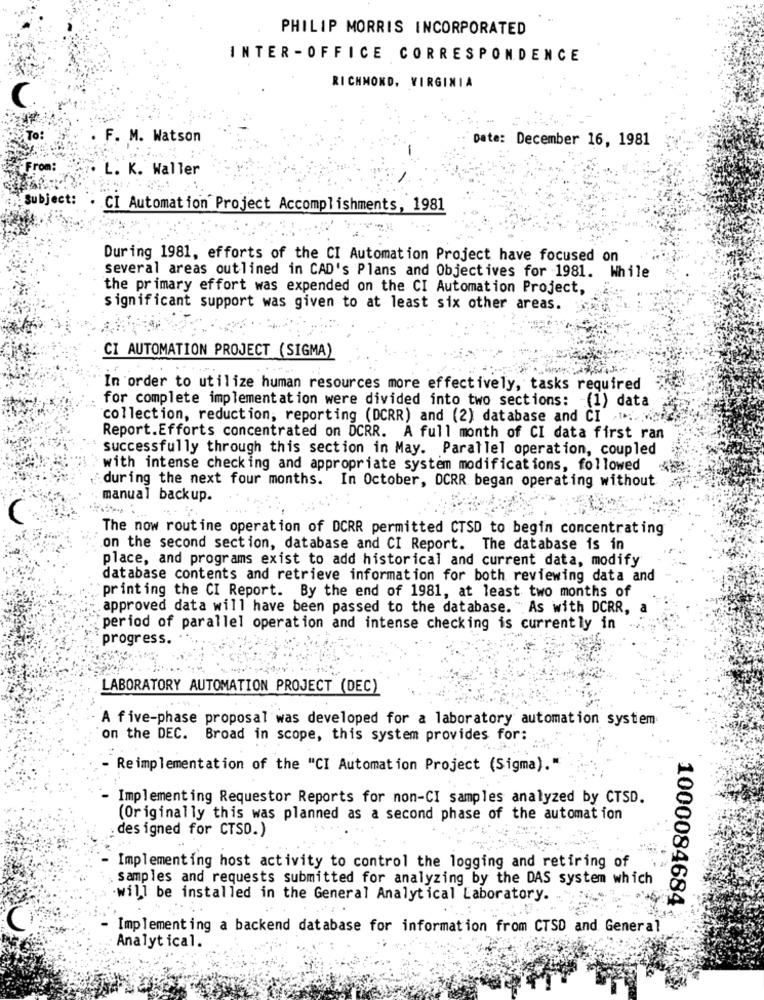
PHILIP MORRIS INCORPORATED
INTER -OFFICE CORRESPONDENCE
RICHMOND, VIRGINIA
C.
To:
F. M. Watson
Date: December 16, 1981
L. K. Waller
Subject:
CI Automation Project Accomplishments, 1981
During 1981, efforts of the CI Automation Project have focused on
several areas outlined in CAD's Plans and Objectives for 1981. While
the primary effort was expended on the CI Automation Project,
significant support was given to at least six other areas.
CI AUTOMATION PROJECT (SIGMA)
In order to utilize human resources more effectively, tasks required
for complete implementation were divided into two sections: - (1) data
collection, reduction, reporting (DCRR) and (2) database and CI
Report.Efforts concentrated on DCRR. A full month of CI data first ran
successfully through this section in May. Parallel operation, coupled
with intense checking and appropriate system modifications, followed
during the next four months. In October, DCRR began operating without
manual backup.
The now routine operation of DCRR permitted CTSD to begin concentrating
on the second section, database and CI Report. The database is in
place, and programs exist to add historical and current data, modify
database contents and retrieve information for both reviewing data and
printing the CI Report. By the end of 1981, at least two months of
approved data will have been passed to the database. " As with DCRR,
period of parallel operation and intense checking is currently in
progress.
LABORATORY AUTOMATION PROJECT (DEC)
A five-phase proposal was developed for a laboratory automation system
on the DEC. Broad in scope, this system provides for:
Reimplementation of the "CI Automation Project (Sigma)."
- Implementing Requestor Reports for non-CI samples analyzed by CTSD.
(Originally this was planned as a second phase of the automation
designed for CTSO.)
Implementing host activity to control the logging and retiring of
samples and requests submitted for analyzing by the DAS system which
-will be installed in the General Analytical Laboratory.
1000084684
- Implementing a backend database for information from CTSD and General
Analytical.